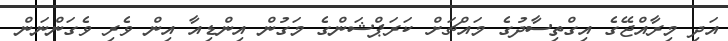
އަދި މިރާއްޖޭގެ އިގްތިސާދުގެ މައްޗަށް ކަރަޕްޝަންގެ މަގުން އިންޑިއާ އިން ވެރި ވެގަންނަން